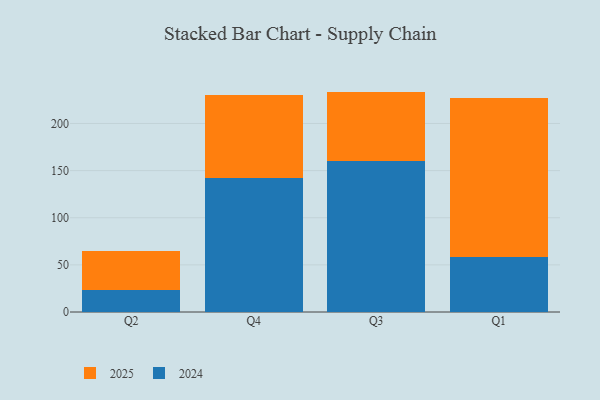
{"axis": {"x": "Quarter", "y": "Satisfaction Score"}, "legend": ["2024", "2025"], "data": [{"x": "Q2", "y": 41.4, "type": "2025"}, {"x": "Q2", "y": 23.7, "type": "2024"}, {"x": "Q4", "y": 88.1, "type": "2025"}, {"x": "Q4", "y": 142.3, "type": "2024"}, {"x": "Q3", "y": 73.4, "type": "2025"}, {"x": "Q3", "y": 160.4, "type": "2024"}, {"x": "Q1", "y": 167.9, "type": "2025"}, {"x": "Q1", "y": 58.7, "type": "2024"}]}